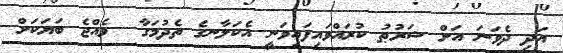
އަދި ދެވަނަ އަށް ޝަރުޠު ކުރައްވައިފައިވަނީ އެކަލާނގެ ތެދުމަގާ  ވެއްޖެ ބަޔަކަށް